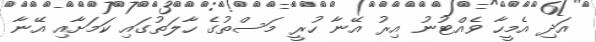
އަދި އެމީހާ ވެއްޓުނު އިރު އޭނާ ހުރީ މަސްތުގެ ހާލަތުގައި ކަމަށާއި އޭނާ